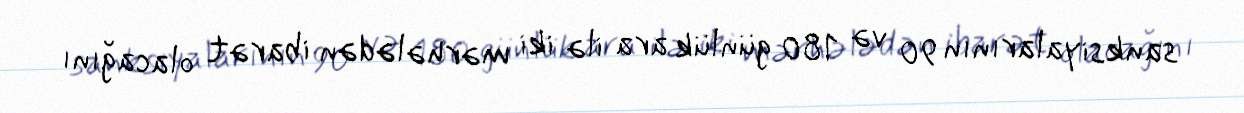
sanksiyalarının 90 və 180 günlük ara ilə iki mərhələdən ibarət olacağını